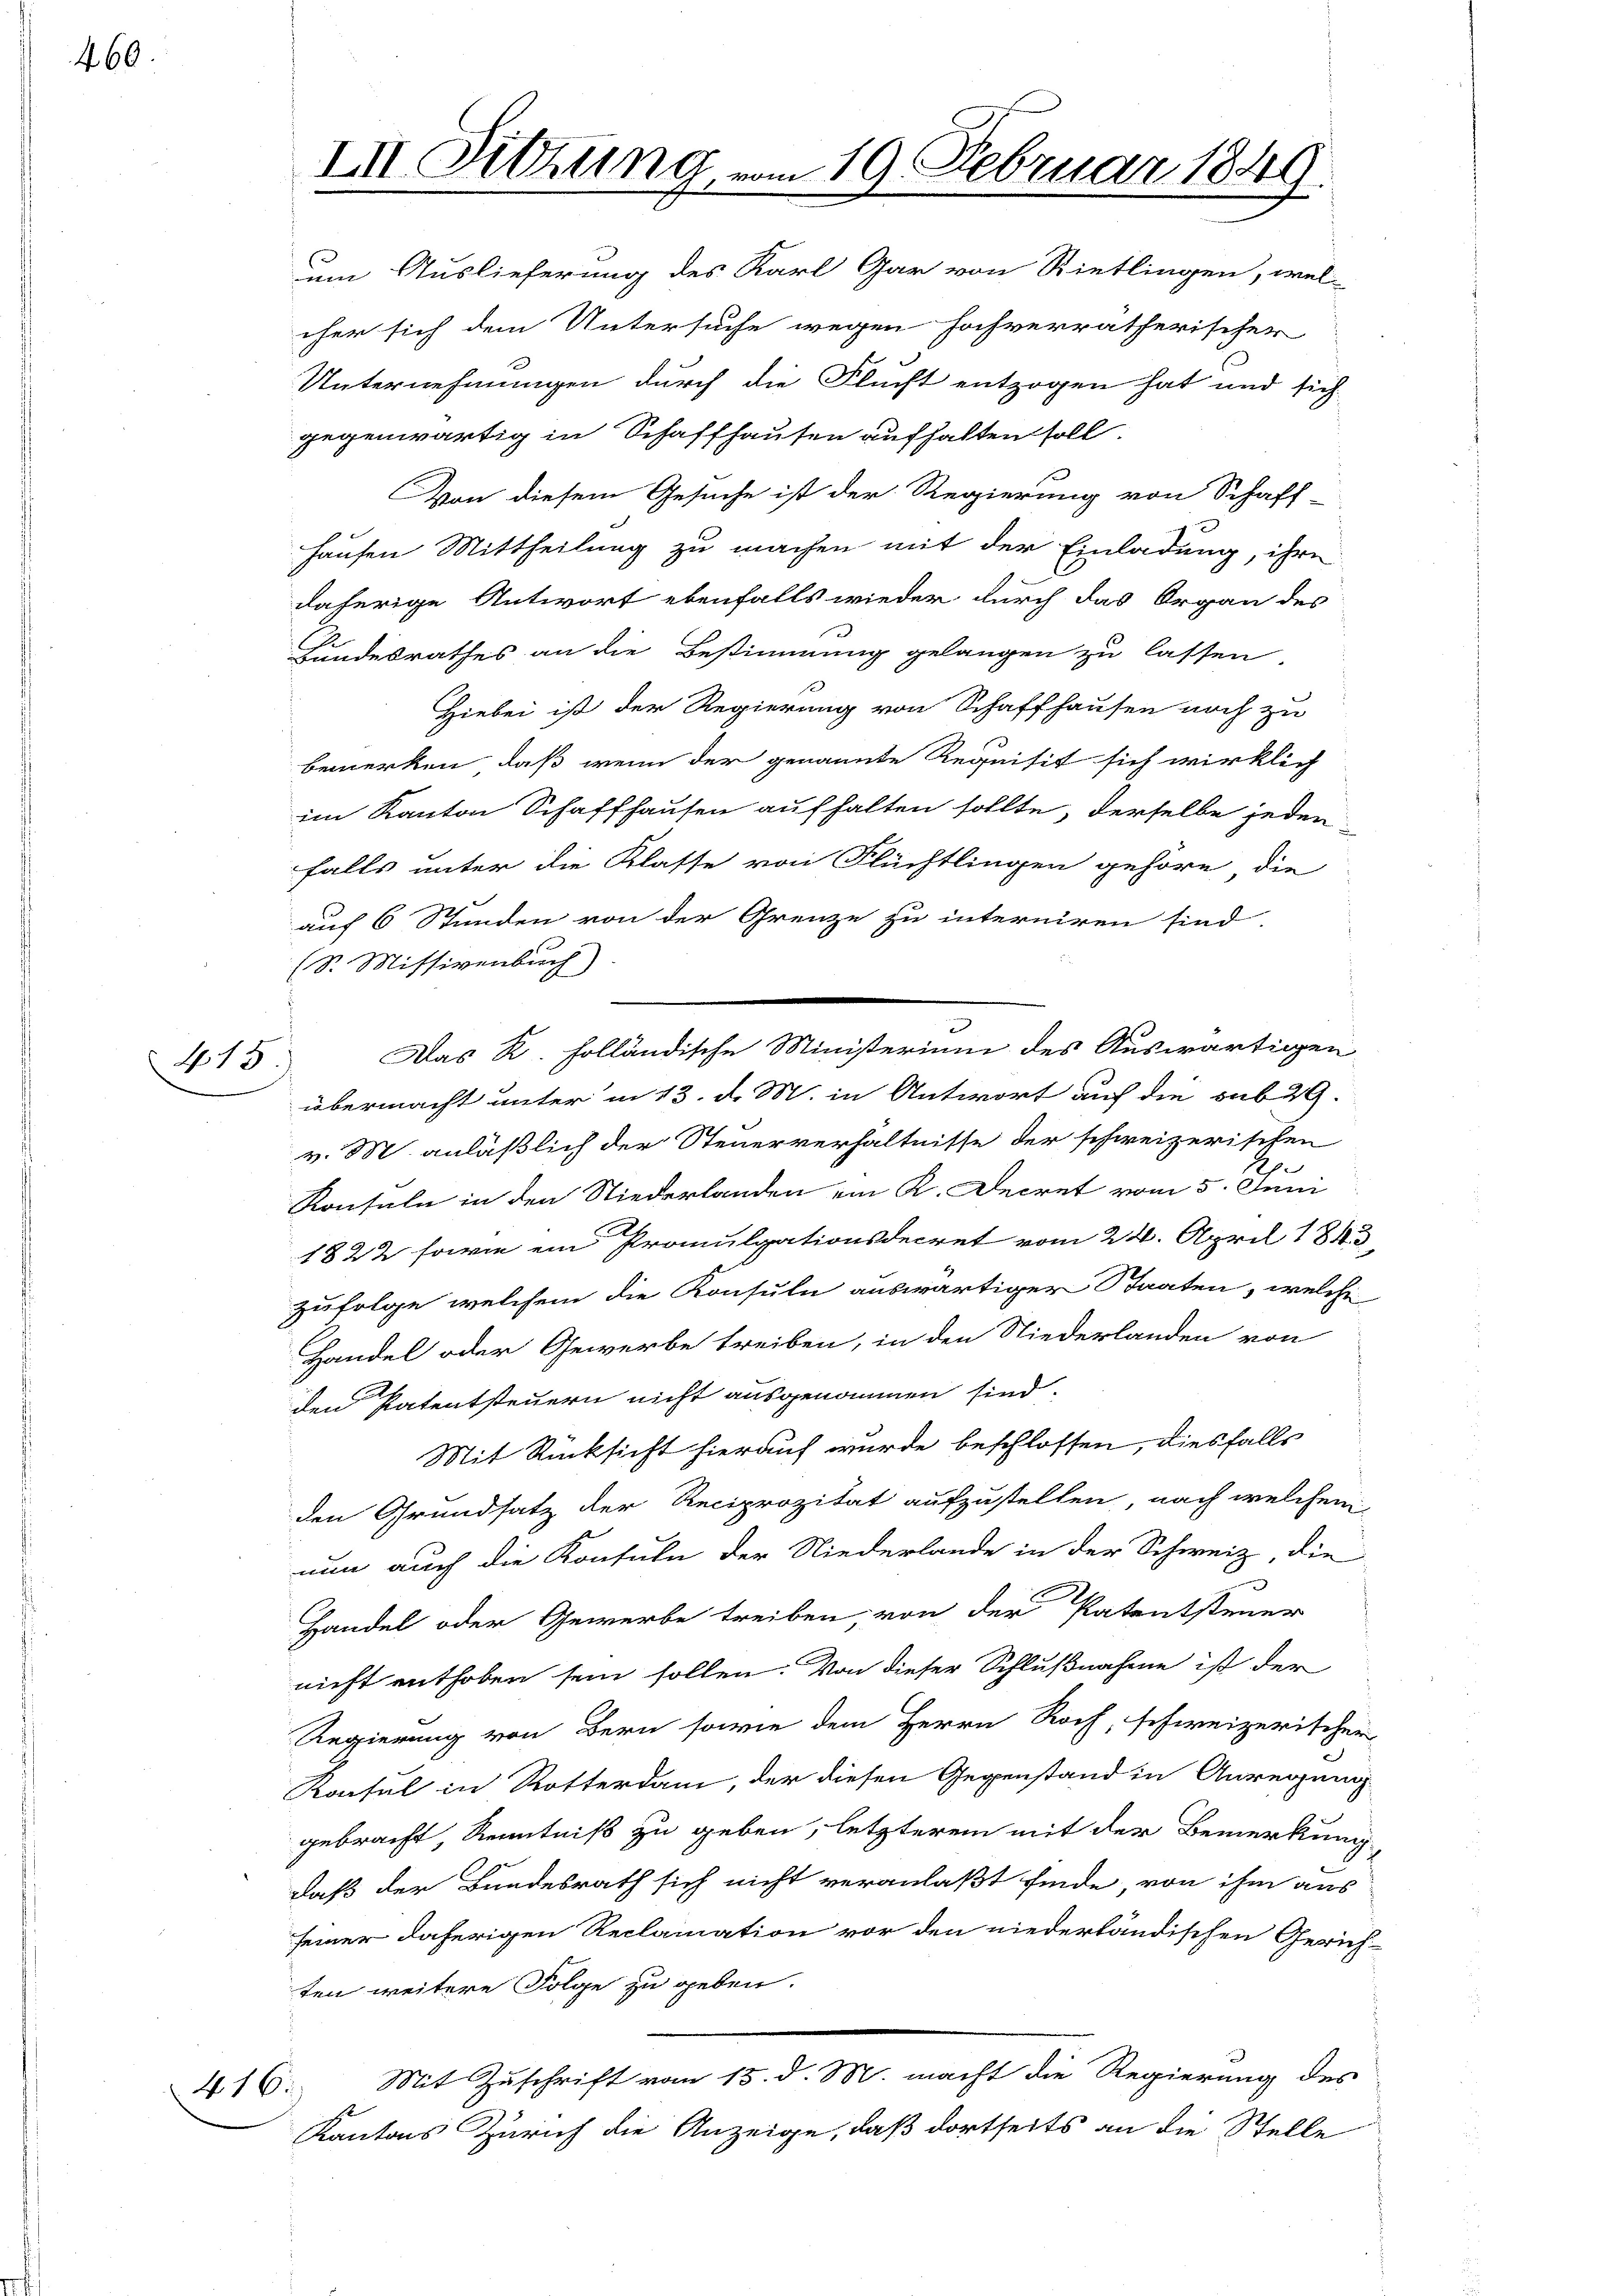
460.

415

416.

um Auslieferung des Karl Gar von Rietlingen, wel-
cher sich dem Untersuche wegen hochverrätherischer
Unternehmungen durch die Flucht entzogen hat und sich
gegenwärtig in Schaffhausen aufhalten soll.

Von diesem Gesuche ist der Regierung von Schaft-
hausen Mittheilung zu machen mit der Einladung, ihre
daherige Antwort ebenfalls wieder durch das Organ des
Bundesrathes an die Bestimmung gelangen zu lassen.
Hiebei ist der Regierung von Schaffhausen noch zu
bemerken, daß wenn der genannte Requisit sich wirklich
im Kanton Schaffhausen aufhalten sollte, derselbe jeden
falls unter die Klasse von Flüchtlingen gehöre, die
auf 6 Stunden von der Grenze zu interniren sind.
(S. Missivenbuch
Das K. holländische Ministerium des Auswärtigen
übermacht unter in 13. d. M. in Antwort auf die sub 29.
v. M. anläßlich der Steuerverhältnisse der schweizerischen
Konsuln in den Niederlanden ein K. Decret vom 5. Juni
1822 sowie ein Promulgationsdecret vom 21. April 1843
Zufolge, welchem die Konsuln auswärtiger Staaten, welche
Handel oder Gewerbe treiben, in den Niederlanden von
den Patentsteuern nicht ausgenommen sind.
Mit Rücksicht hierauf wurde beschlossen, diesfalls
den Grundsatz der Reciprozität aufzustellen, nach welchem
nun auch die Konsuln der Niederlande in der Schweiz, die
Handel oder Gewerbe treiben, von der Patentsteuer
nicht enthoben sein sollen. Von dieser Schlußnahme ist der
Regierung von Bern sowie dem Herrn Roch, schweizerischer
Konsul in Rotterdam, der diesen Gegenstand in Anregung
gebracht, Kenntniß zu geben, letzterem mit der Bemerkung
daß der Bundesrath sich nicht veranlaßt finde, von ihm aus
seiner daherigen Reclamation vor den niederländischen Gerich-
ten weitere Folge zu geben.
Mit Zuschrift vom 15. d. M. macht die Regierung des
Kantons Zürich die Anzeige, daß dortseits an die Stelle

III. Sitzung vom 19. Februar 1849.